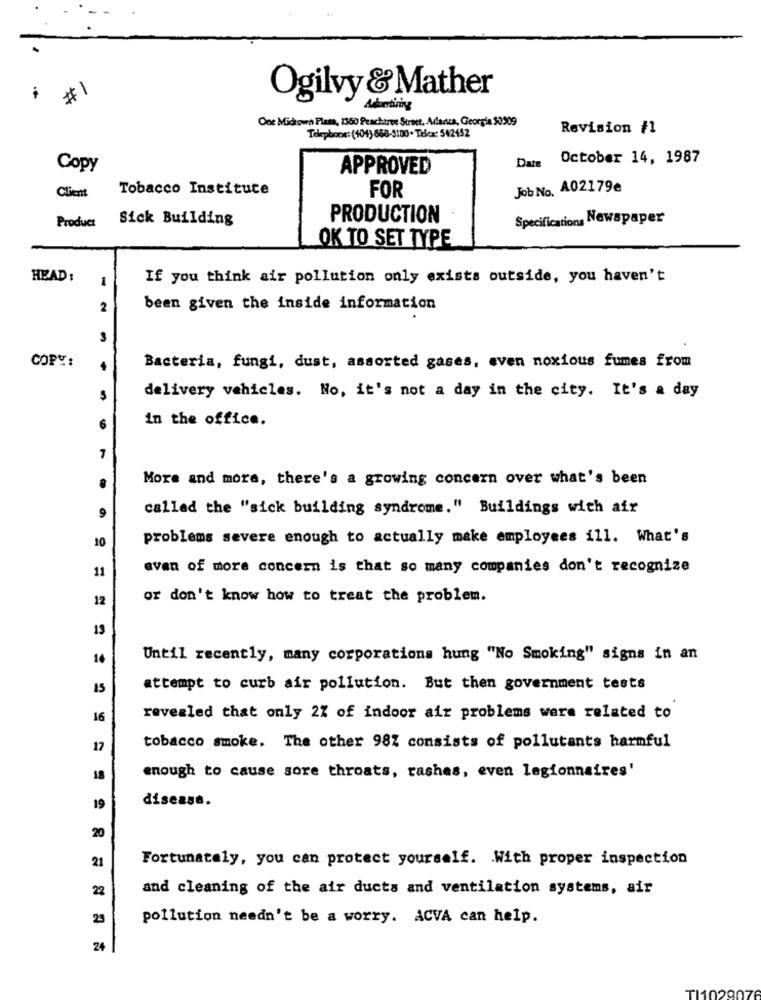
#1
Ogilvy &Mather
Adorrtining
One Midtown Plass, 1360 Peachtree Street, Adianta, Georgia $0909
Revision #1
Telephone: (404) 868-5:00- Telex: 542452
Date October 14, 1987
Copy
APPROVED
Tobacco Instituce
FOR
Job No. A02179e
Client
Produa: Sick Building
PRODUCTION
Specifications Newspaper
OK TO SET TYPE
HEAD:
1
If you think air pollution only exists outside, you haven't
2
been given the inside information
3
COPY:
Bacteria, fungi, dust, assorted gases, even noxious fumes from
delivery vehicles. No, it's not a day in the city. It's a day
in the office.
7
More and more, there's a growing concern over what's been
9
called the "sick building syndrome." Buildings with air
10
problems severe enough to actually make employees ill. What's
11
avan of more concern is that so many companies don't recognize
12
or don't know how to treat the problem.
13
14
Until recently, many corporations hung "No Smoking" signs in an
15
attempt to curb air pollution. But then government tests
16
revealed that only 2% of indoor air problems were related to
17
tobacco smoke. The other 987 consists of pollutants harmful
enough to cause sore throats, rashes, even legionnaires'
18
disease.
19
20
Fortunately, you can protect yourself. With proper inspection
21
and cleaning of the air ducts and ventilation systems, air
22
23
pollution needn't be a worry. ACVA can help.
24
1102